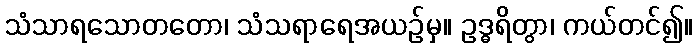
သံသာရသောတတော၊ သံသရာရေအယဉ်မှ။ ဥဒ္ဓရိတွာ၊ ကယ်တင်၍။